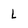
Character: L